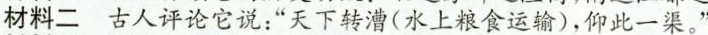
材料二古人评论它说：”天下转漕(水上粮食运输)，仰此一渠。”